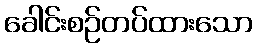
ခေါင်းစဉ်တပ်ထားသော